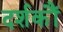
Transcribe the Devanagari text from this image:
दर्शकौं